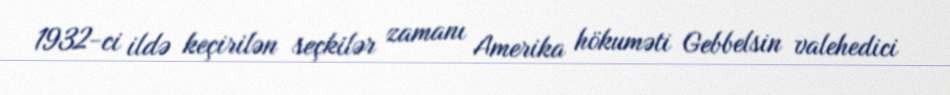
1932-ci ildə keçirilən seçkilər zamanı Amerika hökuməti Gebbelsin valehedici